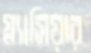
গ্ল্যাসিয়ার